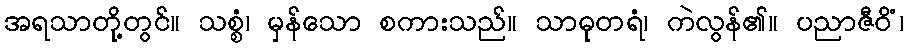
အရသာတို့တွင်။ သစ္စံ၊ မှန်သော စကားသည်။ သာဓုတရံ၊ ကဲလွန်၏။ ပညာဇီဝိံ၊